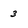
Character: 3